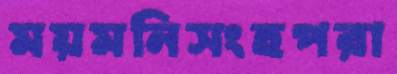
ময়মনিসংহপরা